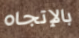
بالإتجاه